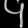
Digit: ၄